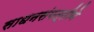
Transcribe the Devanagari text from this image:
साधनसंपत्तीने